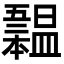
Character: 𣌃